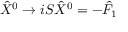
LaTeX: { \hat { X } } ^ { 0 } \rightarrow i S { \hat { X } } ^ { 0 } = - { \hat { F } } _ { 1 }